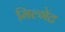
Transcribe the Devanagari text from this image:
मिल्गेट